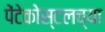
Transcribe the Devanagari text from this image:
पेंटेकोस्टलच्या